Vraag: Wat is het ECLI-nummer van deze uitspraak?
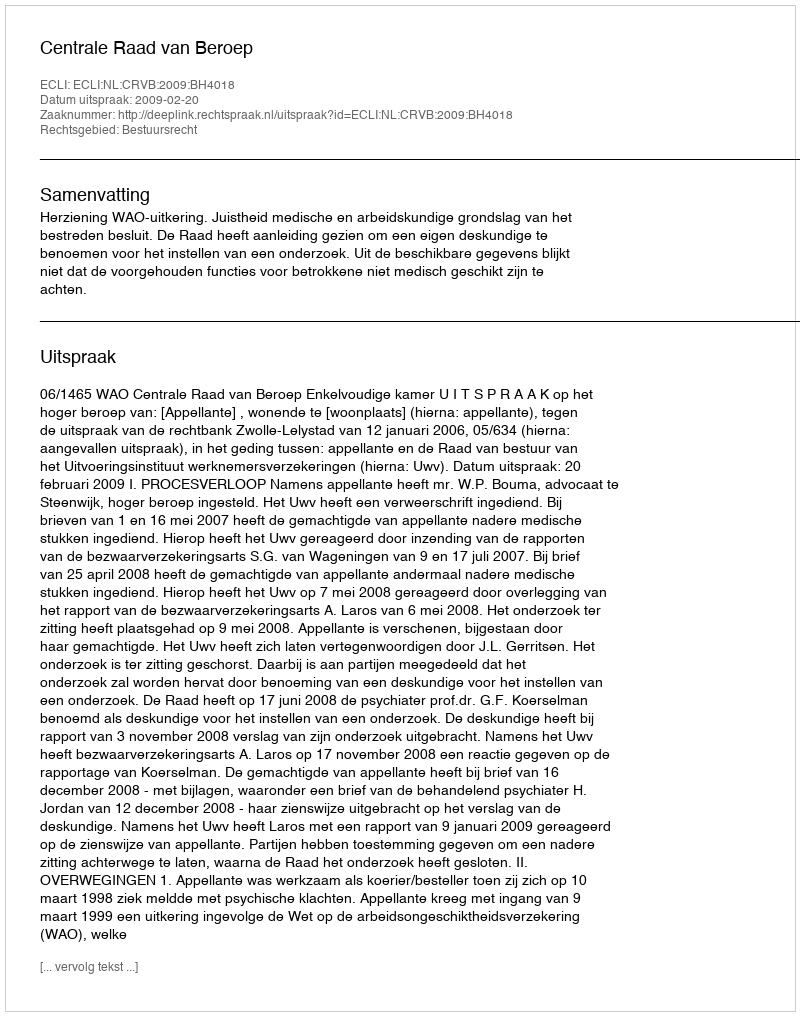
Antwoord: ECLI:NL:CRVB:2009:BH4018